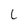
Character: L